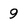
Character: 9